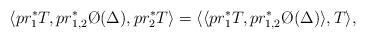
LaTeX: \begin{align*}\langle pr_1^*T,pr_{1,2}^*\O(\Delta), pr_2^*T\rangle=\langle\langle pr_1^*T,pr_{1,2}^*\O(\Delta)\rangle, T\rangle,\end{align*}